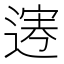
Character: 𨔎